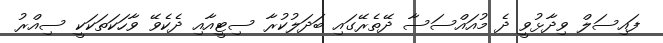
ފައިސަލް ވިދާޅުވީ ދެ މުއައްސަސާ ދޭތެރޭގައި ބަދަލުކުރާ ސިޓީއާއި ދެކެވޭ ވާހަކަތަކަކީ ސިއްރު